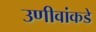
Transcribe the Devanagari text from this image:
उणीवांकडे